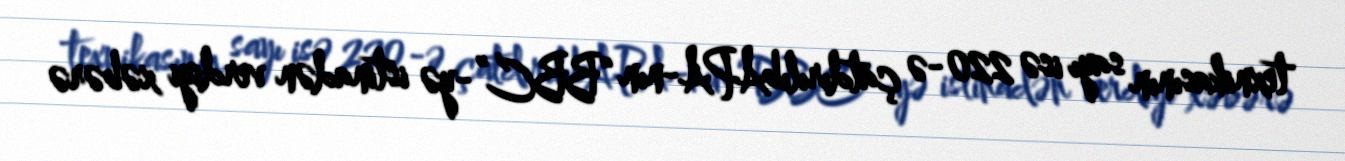
texnikasının sayı isə 220-ə çatdırılıbAPA-nın “BBC”-yə istinadən verdiyi xəbərə